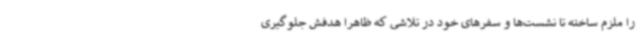
را ملزم ساخته تا نشست‌ها و سفرهای خود در تلاشی که ظاهرا هدفش جلوگیری